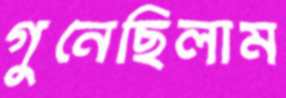
গুনেছিলাম